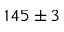
1 4 5 \pm 3